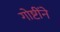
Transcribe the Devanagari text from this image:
गोष्टींने